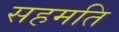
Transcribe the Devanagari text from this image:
सहमति